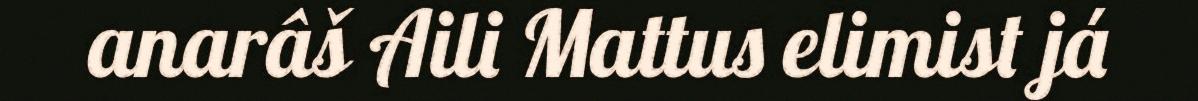
anarâš Aili Mattus elimist já